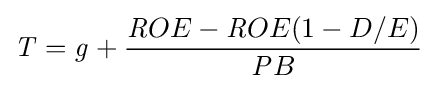
{\mathit {T}}={\mathit {g}}+{\frac {{\mathit {R}}OE-{\mathit {R}}OE(1-D/E)}{{\mathit {P}}B}}